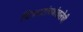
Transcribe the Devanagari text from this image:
चित्रपटांचशंखलेची